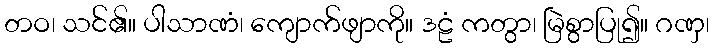
တဝ၊ သင်၏။ ပါသာဏံ၊ ကျောက်ဖျာကို။ ဒဠံ ကတွာ၊ မြဲစွာပြု၍။ ဂဏှ၊